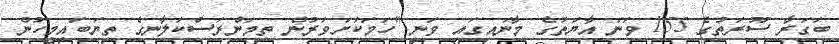
ބަގަރާ ސޫރަތުގެ 155 ވަނަ އާޔަތުގެ މާނައިގައި ވަނީ "ހަމަކަށަވަރުން ތިމަންރަސްކަލާނގެ ތިޔަބައިމީހުން